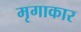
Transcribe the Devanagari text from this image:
मृगाकार